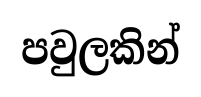
පවුලකින්